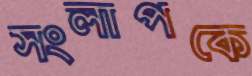
সংলাপকে